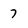
Character: 7